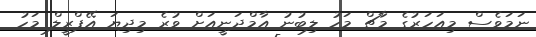
ނަމަވެސް މިއަހަރުގެ މާޗް މަހު ލިބުނު އާމްދަނީއަށް ވުރެ މިދިޔަ އޭޕްރީލް މަހު